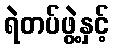
ရဲတပ်ဖွဲ့နှင့်